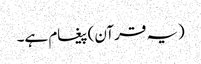
(یہ قرآن) پیغام ہے۔